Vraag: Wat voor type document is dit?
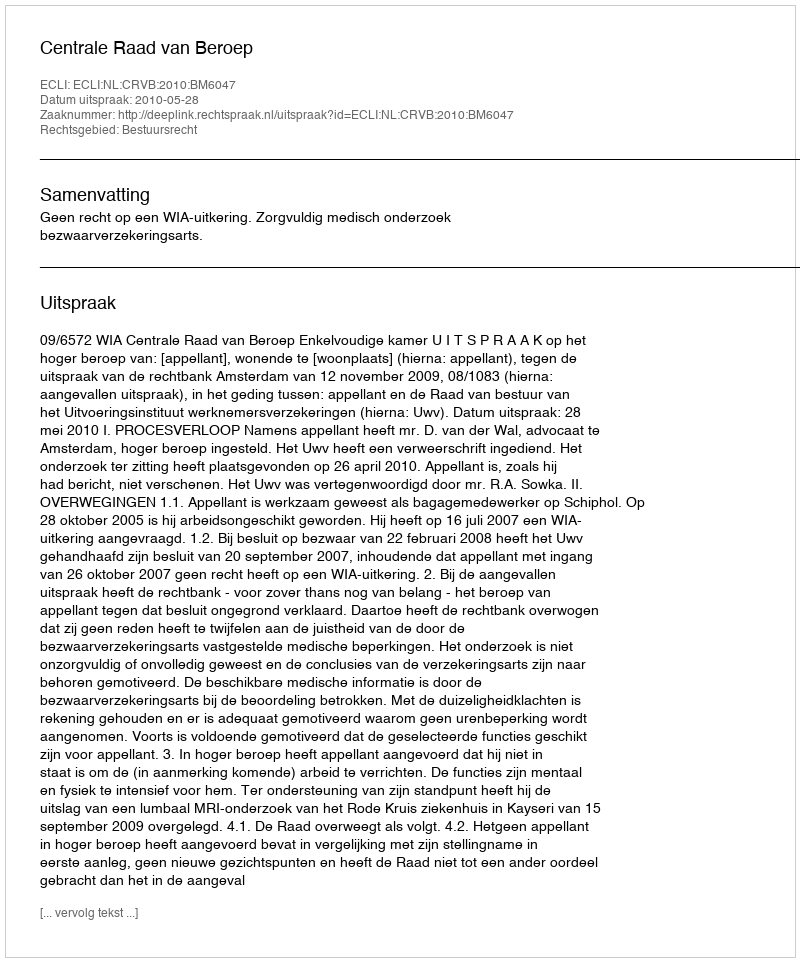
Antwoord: Uitspraak